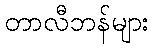
တာလီဘန်များ